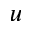
u